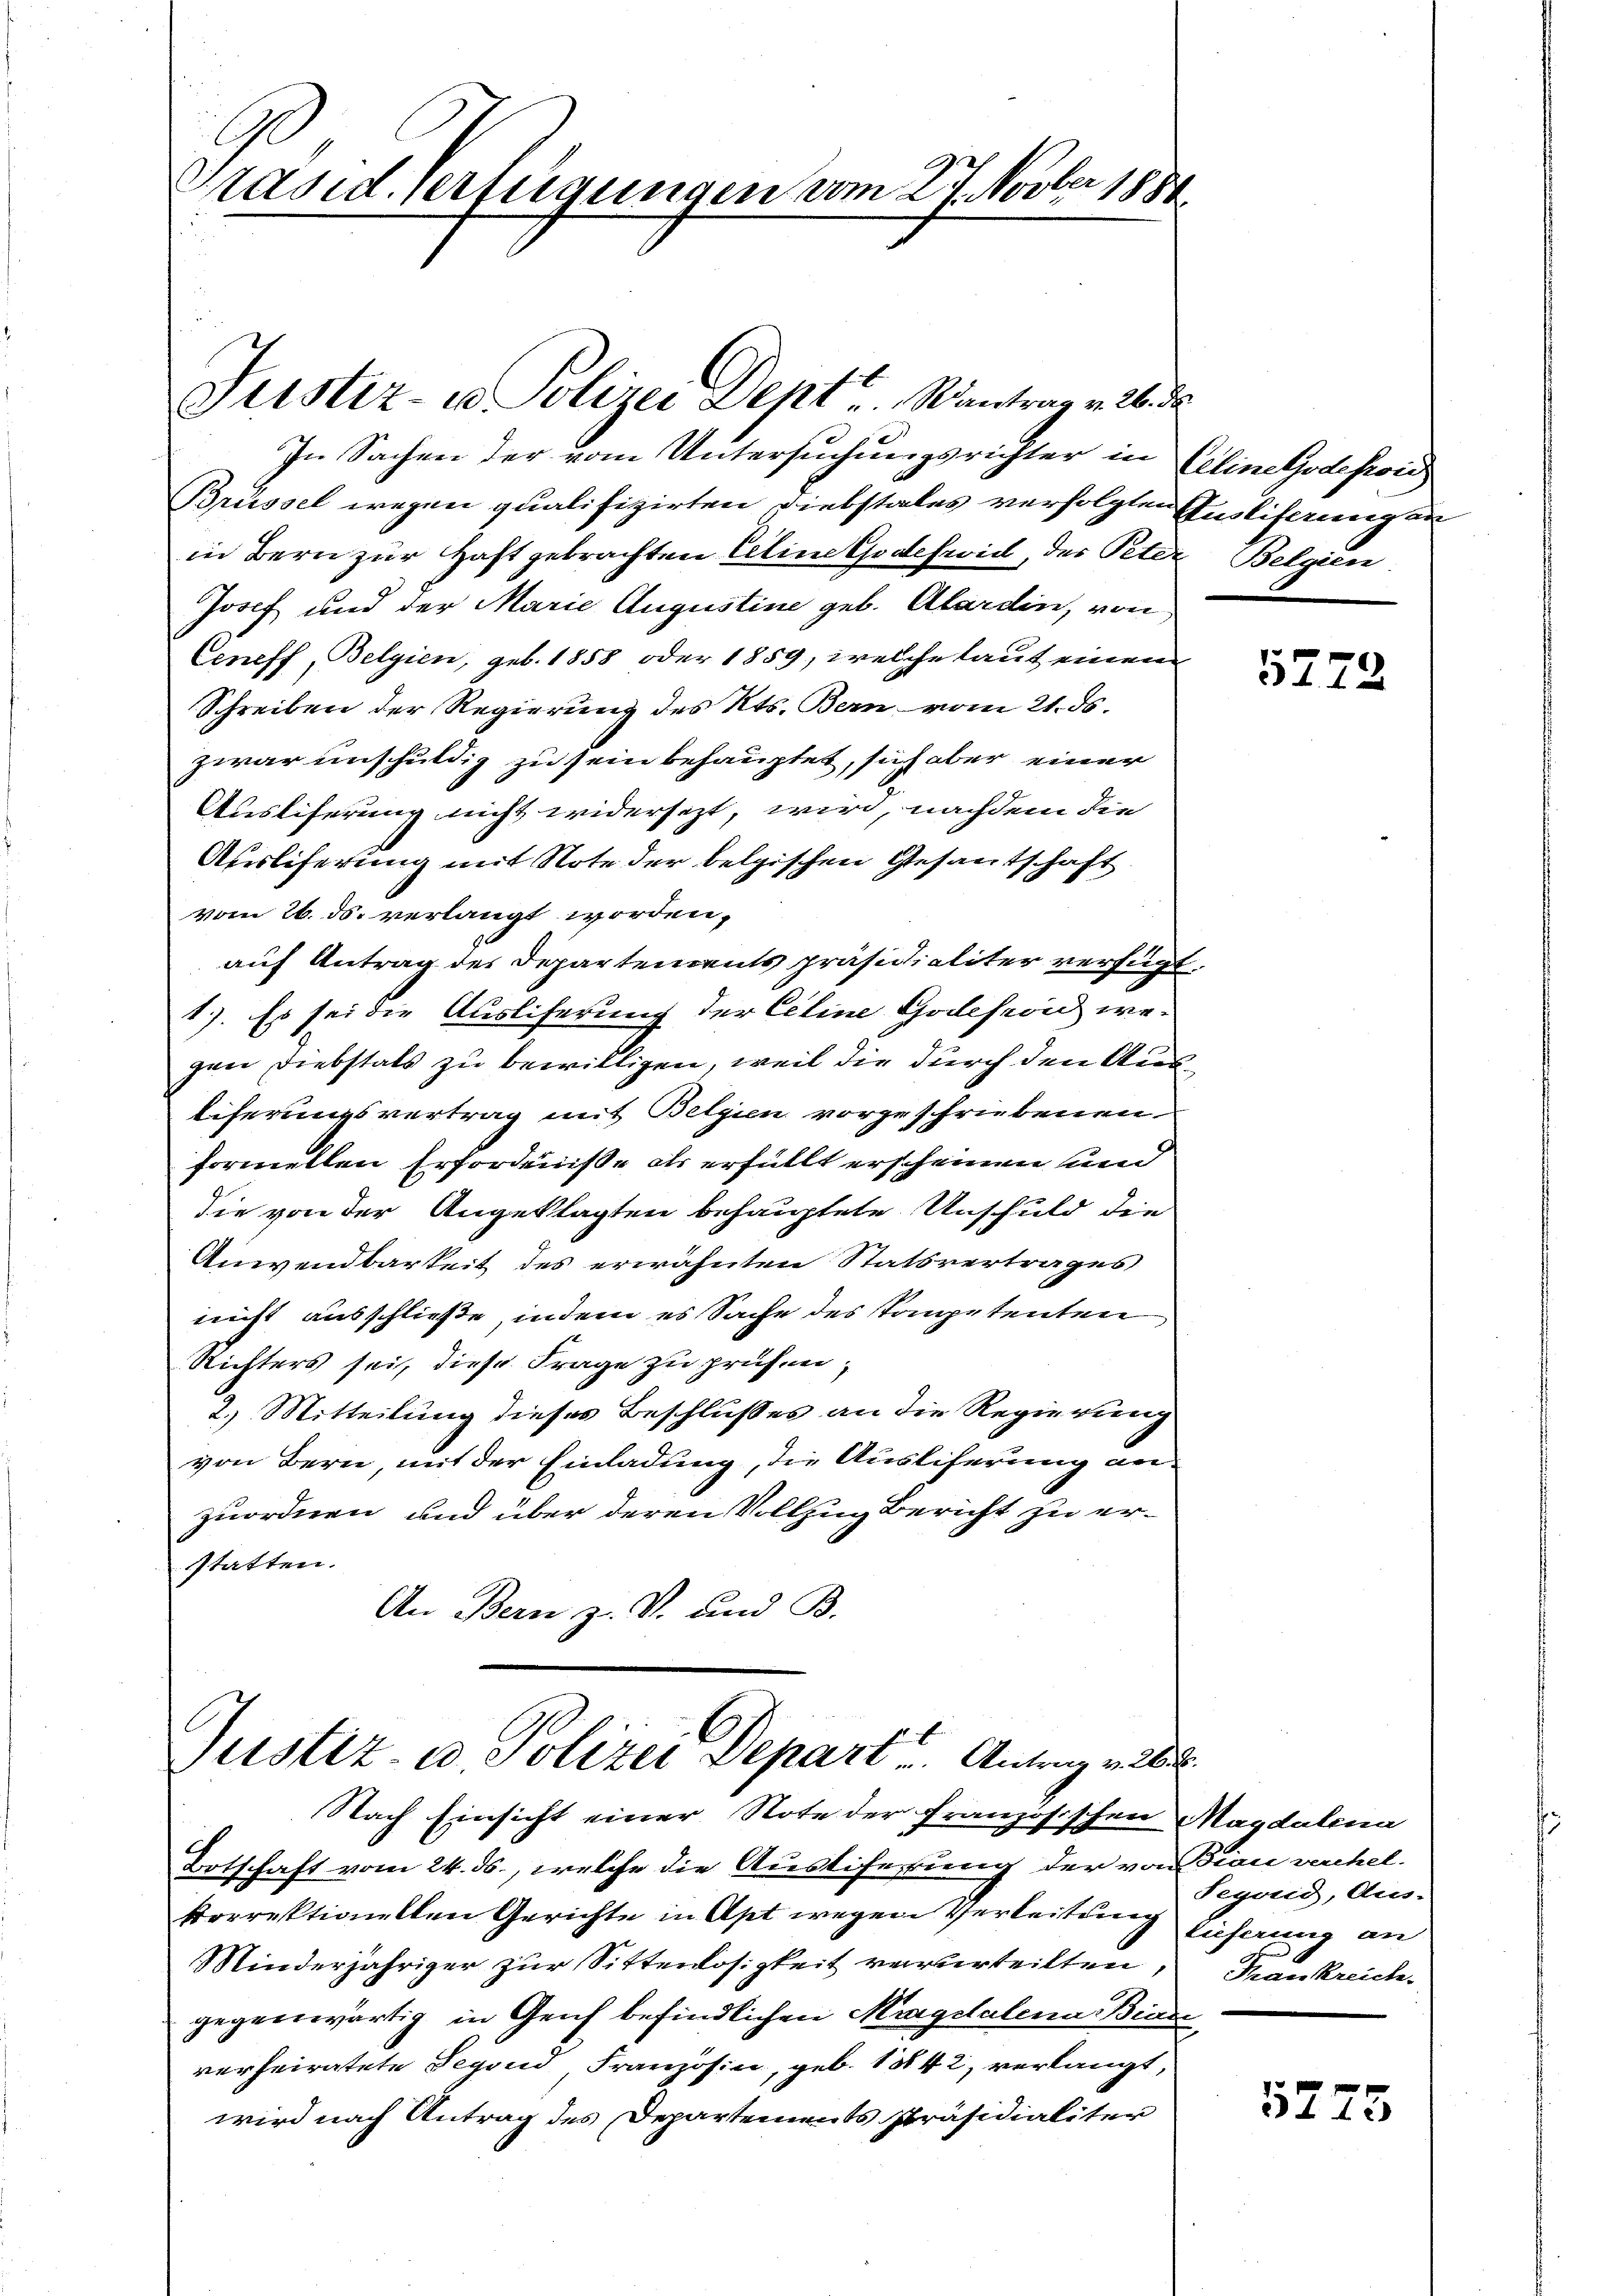
räsid. Verfügungen vom 27 Novber 1888.

In Sachen der vom Untersuchungsrichter in Gelineljodepoi
Brüssel wegen qualifizirten Diebstales verfolgten Ausliferung an
in Bern zur Haft gebrachten Eeline Godeswill, der Peter Belgien
Josef und der Marie Augustine geb. Alardin, von
Ceneff, Belgien, geb. 1858 oder 1859, welche laut einen
Schreiben der Regierung des Kts. Bern vom 21. ds.
zwar unschuldig zu sein behauptet, sich aber einer
Ausliferung nicht widersezt, wird, nachdem die
Ausliferung mit Note der belgischen Gesantschaft
vom 26. ds. verlangt worden,
auf Antrag des Departementspräsidialiter verfügt
1). Es sei die Ausliferung der Celine Godeseid wegen Diebstals zu bewilligen, weil die durch den Ausliferungsvertrag mit Belgien vorgeschriebenen
formellen Erfordenisse als erfüllt erscheinen und
die von der Angeklagten behauptete Unschuld die
Anwendbarkeit des erwähnten Statsvertrages
nicht ausschließe, indem es Sache des Kompetenten
Richters sei, diese Frage zu prüfen,
2.) Mitteilung dieses Beschlußes an die Regierung
von Bern, mit der Einladung, die Auslieferung anzuordnen, und über deren Vollzug Bericht zu er-
statten.
An Bern z. S. und B.

Justiz- u. Polizei Dept v. Santrag v. 26. de

Justiz- u Polizei Depart Antrag v
Nach Einsicht einer Note der Französischen Magdalena

Botschaft vom 24. ds., welche die Austiferung der von Fian rechel-
korrektionellen Gerichte in Apt wegen Verleitung Einhang an
Minderjähriger zur Sittenlosigkeit verurteilten
gegenwärtig in Geich befindlichen Magdalena Bene
verheiratete Segend Französin, geb. 1842, verlangt,
wird nach Antrag des Departements Präsidialiter

5772

Segoris, Aus-
Thrankreiche

5773